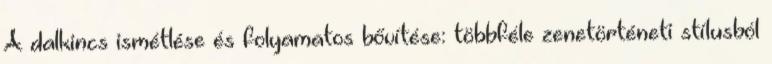
A dalkincs ismétlése és folyamatos bővítése: többféle zenetörténeti stílusból